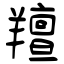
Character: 羶